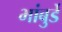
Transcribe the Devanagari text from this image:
भांबुर्डे